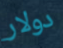
دولار